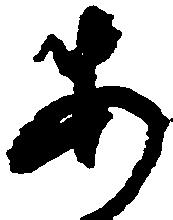
あ